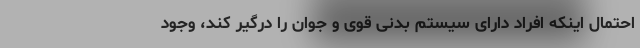
احتمال اینکه افراد دارای سیستم بدنی قوی و جوان را درگیر کند، وجود